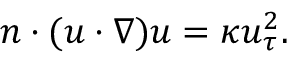
\begin{array} { r } { n \cdot ( u \cdot \nabla ) u = \kappa u _ { \tau } ^ { 2 } . } \end{array}